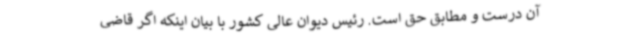
آن درست و مطابق حق است. رئیس دیوان عالی کشور با بیان اینکه اگر قاضی